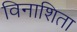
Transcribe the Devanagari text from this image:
विनाशिता